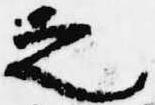
之